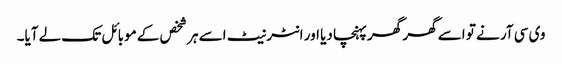
وی سی آر نے تو اسے گھر گھر پہنچا دیا اور انٹرنیٹ اسے ہر شخص کے موبائل تک لے آیا۔